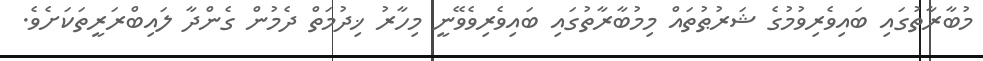
މުބާރާތުގައި ބައިވެރިވުމުގެ ޝަރުޠުތައް މިމުބާރާތުގައި ބައިވެރިވެވޭނީ މިހާރު ޚިދުމަތް ދެމުން ގެންދާ ލައިބްރަރީތަކަށެވެ.